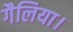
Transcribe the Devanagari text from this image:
गैलिया।